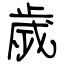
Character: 歲